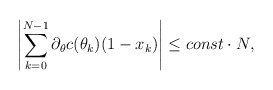
\begin{align*}\left| \sum \limits_{k=0}^{N-1} \partial_\theta c(\theta_k) (1 - x_k) \right| &\leq const \cdot N,\end{align*}